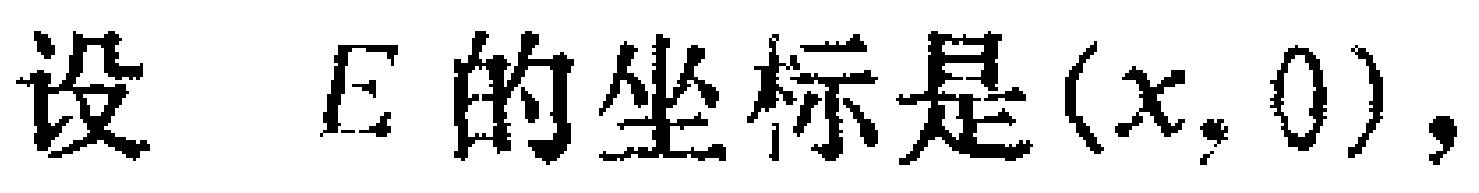
设 \(E\) 的坐标是 \((x,0)\)，